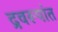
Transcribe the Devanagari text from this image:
द्रवरूपांत